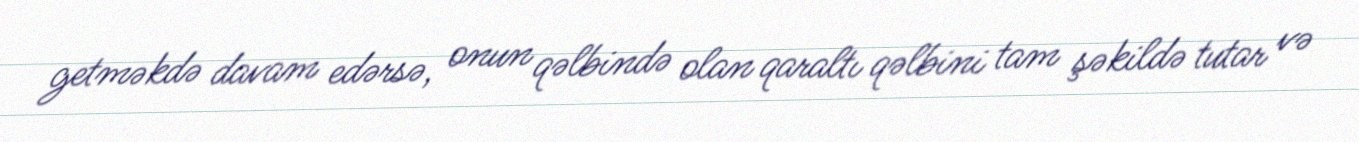
getməkdə davam edərsə, onun qəlbində olan qaraltı qəlbini tam şəkildə tutar və